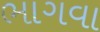
ભાગવા